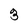
Character: 3